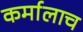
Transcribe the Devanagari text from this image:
कर्मालाच